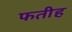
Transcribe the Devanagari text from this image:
फतीह